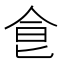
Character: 𩚁